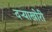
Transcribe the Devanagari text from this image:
दऱ्याखोरी